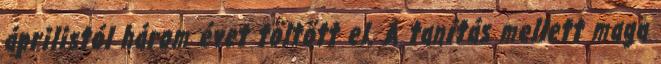
áprilistól három évet töltött el. A tanítás mellett maga